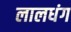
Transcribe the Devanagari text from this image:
लालधंग